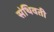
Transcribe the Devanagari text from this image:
संथिवती